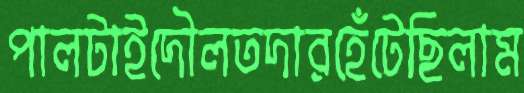
পালটাইদৌলতদারহেঁটেছিলাম